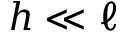
h \ll \ell